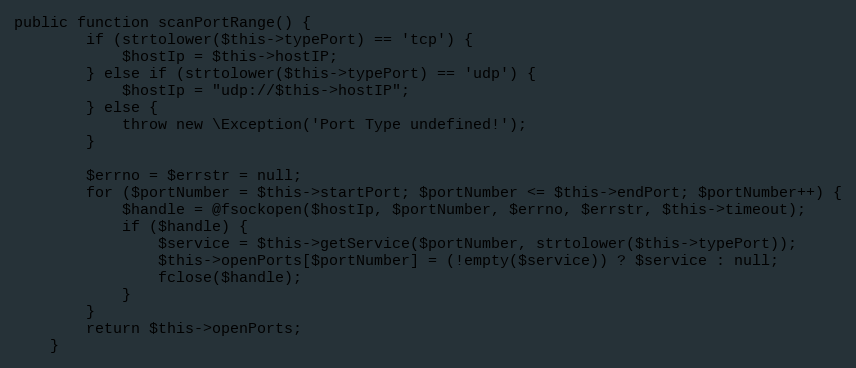
Language: PHP
public function scanPortRange() {
        if (strtolower($this->typePort) == 'tcp') {
            $hostIp = $this->hostIP;
        } else if (strtolower($this->typePort) == 'udp') {
            $hostIp = "udp://$this->hostIP";
        } else {
            throw new \Exception('Port Type undefined!');
        }

        $errno = $errstr = null;
        for ($portNumber = $this->startPort; $portNumber <= $this->endPort; $portNumber++) {
            $handle = @fsockopen($hostIp, $portNumber, $errno, $errstr, $this->timeout);
            if ($handle) {
                $service = $this->getService($portNumber, strtolower($this->typePort));
                $this->openPorts[$portNumber] = (!empty($service)) ? $service : null;
                fclose($handle);
            }
        }
        return $this->openPorts;
    }